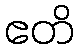
ဧတိ